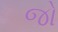
જો